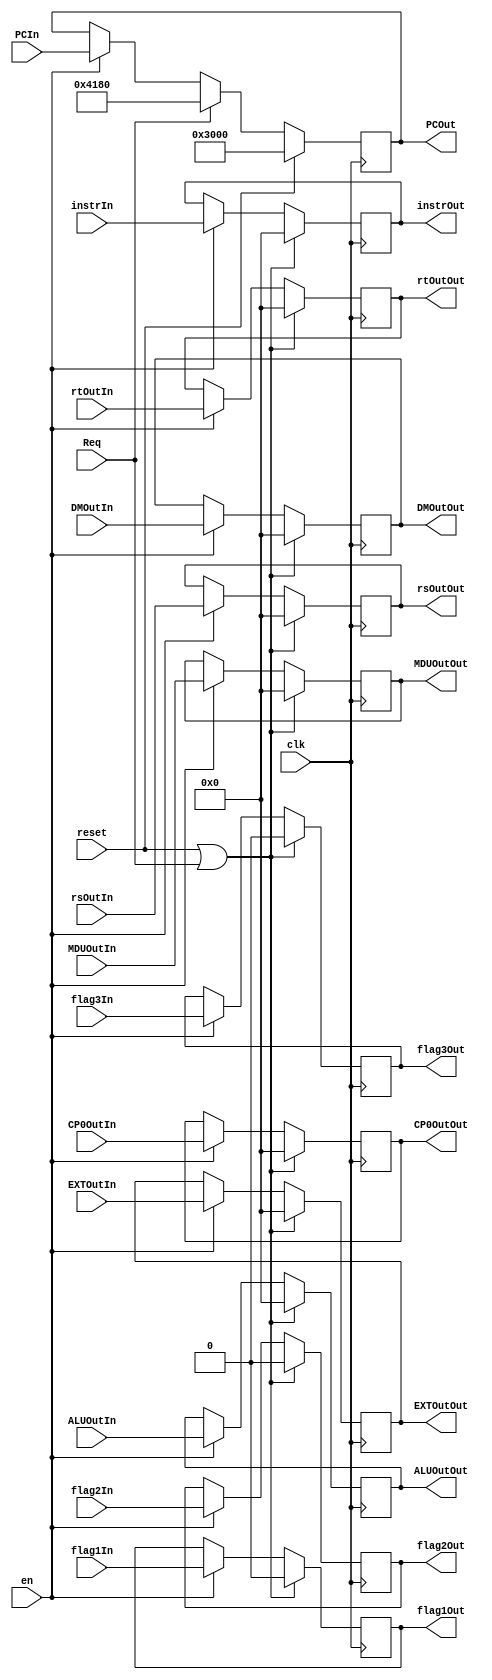
`timescale 1ns / 1ps

module WREG (
    input clk,
    input reset,
    input en,
	input Req,
	
    input [31:0] instrIn,
    input [31:0] PCIn,
    input [31:0] ALUOutIn,
    input [31:0] DMOutIn,
	input [31:0] EXTOutIn,
	input [31:0] rsOutIn,
	input [31:0] rtOutIn,
	input [31:0] MDUOutIn,
	input [31:0] CP0OutIn,
	input flag1In,
	input flag2In,
	input flag3In,
    output reg [31:0] instrOut,
    output reg [31:0] PCOut,
    output reg [31:0] ALUOutOut,
    output reg [31:0] DMOutOut,
	output reg [31:0] EXTOutOut,
	output reg [31:0] rsOutOut,
	output reg [31:0] rtOutOut,
	output reg [31:0] MDUOutOut,
	output reg [31:0] CP0OutOut,
	output reg flag1Out,
	output reg flag2Out,
	output reg flag3Out
);

	reg [31:0] nextPC;
	
	always @(*) begin
		if(reset) nextPC = 32'h3000;
		else if(Req) nextPC = 32'h4180;
		else if(en) nextPC = PCIn;
		else nextPC = PCOut; //stay at value
	end
	
	initial begin
		instrOut <= 0;
		PCOut <= 32'h3000;
		ALUOutOut <= 0;
		DMOutOut <= 0;
		EXTOutOut <= 0;
		rsOutOut <= 0;
		rtOutOut <= 0;
		MDUOutOut <= 0;
		CP0OutOut <= 0;
		flag1Out <= 0;
		flag2Out <= 0;
		flag3Out <= 0;
	end

    always @(posedge clk) begin
        if (reset | Req) begin
            instrOut <= 0;
            ALUOutOut <= 0;
            DMOutOut <= 0;
			EXTOutOut <= 0;
			rsOutOut <= 0;
			rtOutOut <= 0;
			MDUOutOut <= 0;
			CP0OutOut <= 0;
			flag1Out <= 0;
			flag2Out <= 0;
			flag3Out <= 0;
        end 
		else if(en) begin
            instrOut <= instrIn;
            ALUOutOut <= ALUOutIn;
            DMOutOut <= DMOutIn;
			EXTOutOut <= EXTOutIn;
			rsOutOut <= rsOutIn;
			rtOutOut <= rtOutIn;
			MDUOutOut <= MDUOutIn;
			CP0OutOut <= CP0OutIn;
			flag1Out <= flag1In;
			flag2Out <= flag2In;
			flag3Out <= flag3In;
        end
		
		PCOut <= nextPC;
    end

endmodule